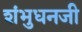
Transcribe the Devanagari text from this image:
शंभुधनजी